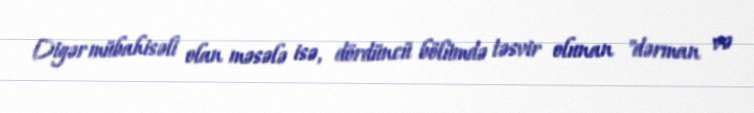
Digər mübahisəli olan məsələ isə, dördüncü bölümdə təsvir olunan "dərman və